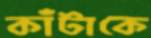
কাঁটাকে